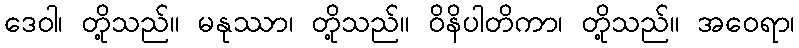
ဒေဝါ၊ တို့သည်။ မနုဿာ၊ တို့သည်။ ဝိနိပါတိကာ၊ တို့သည်။ အဝေရာ၊